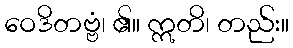
ဝေဒိတဗ္ဗံ၊ ၏။ ဣတိ၊ တည်း။